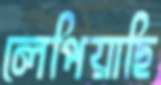
লেপিয়াছি